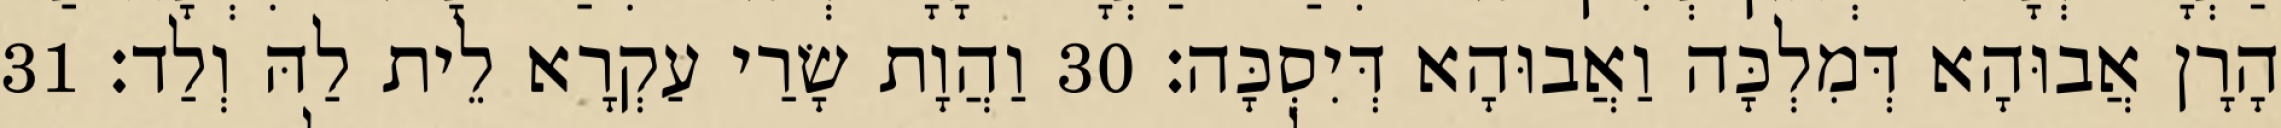
הָרָן אֲבוּהָא דְּמִלְכָּה וַאֲבוּהָא דְּיִסְכָּה׃ 30 וַהֲוָת שָׂרַי עַקְרָא לֵית לַהּ וְלַד׃ 31